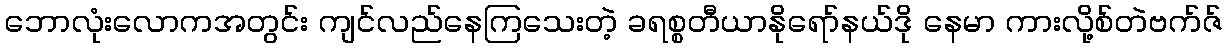
ဘောလုံးလောကအတွင်း ကျင်လည်နေကြသေးတဲ့ ခရစ္စတီယာနိုရော်နယ်ဒို နေမာ ကားလို့စ်တဲဗက်ဇ်